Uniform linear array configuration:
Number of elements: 4
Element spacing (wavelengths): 1
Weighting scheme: hann
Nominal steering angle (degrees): -60
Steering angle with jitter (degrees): -58.864
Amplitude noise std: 0.05
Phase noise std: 0.05

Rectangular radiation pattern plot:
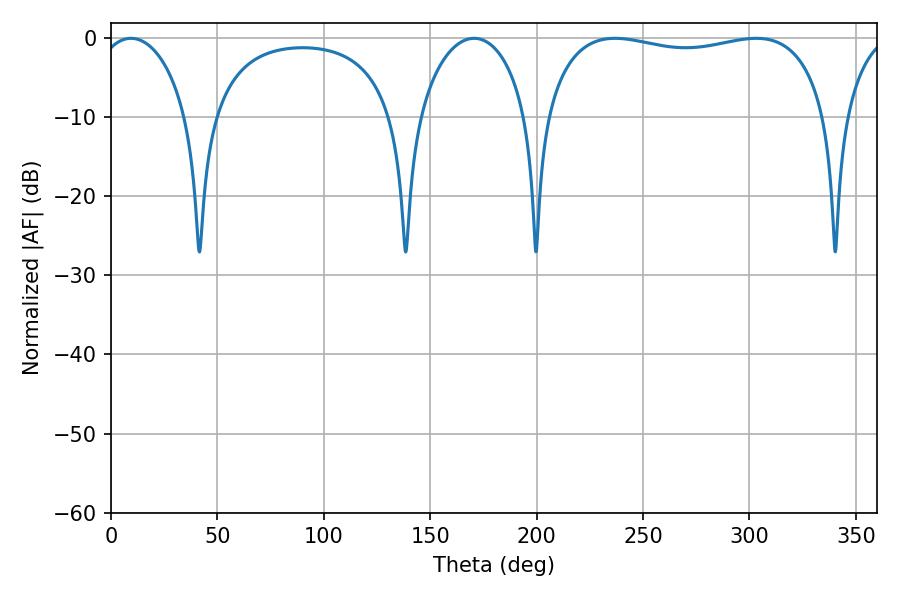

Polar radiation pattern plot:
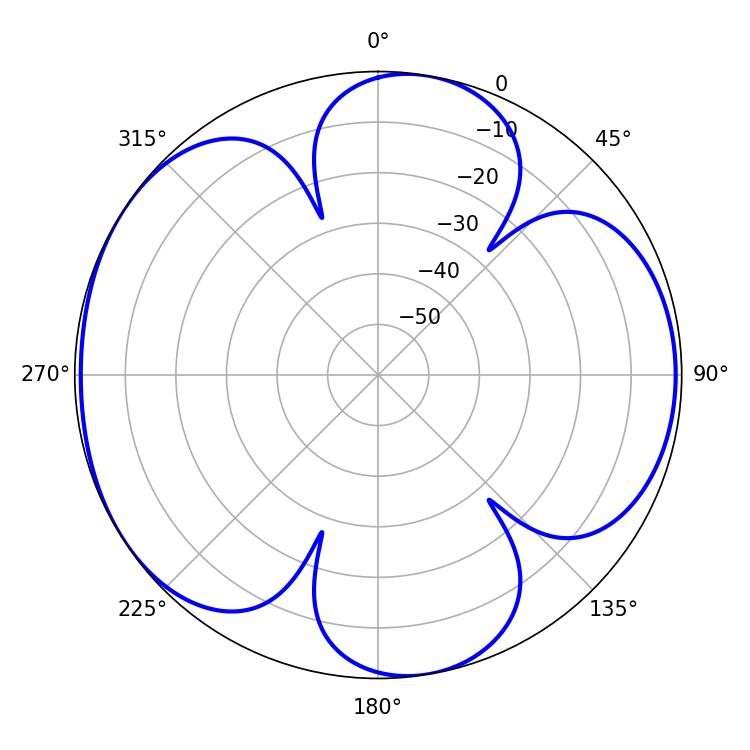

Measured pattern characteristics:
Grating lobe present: TRUE
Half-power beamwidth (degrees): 24.3
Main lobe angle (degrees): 9.36